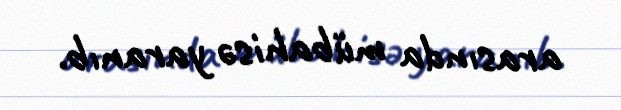
arasında mübahisə yaranıb.